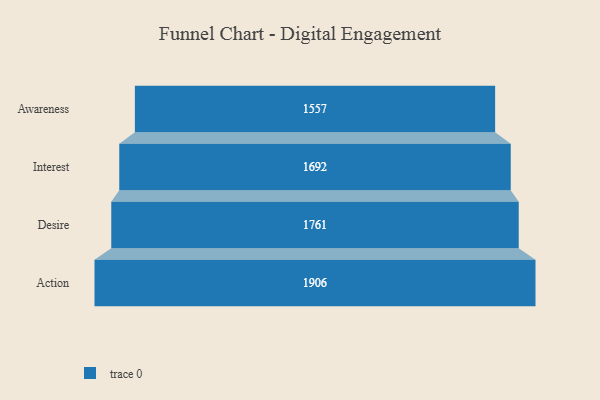
{"axis": {"x": "Stage", "y": "Value"}, "legend": [""], "data": [{"x": "Awareness", "y": 1557.0, "type": ""}, {"x": "Interest", "y": 1692.0, "type": ""}, {"x": "Desire", "y": 1761.0, "type": ""}, {"x": "Action", "y": 1906.0, "type": ""}]}